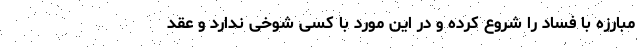
مبارزه با فساد را شروع کرده و در این مورد با کسی شوخی ندارد و عقد